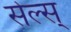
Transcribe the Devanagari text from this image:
सेल्स्